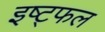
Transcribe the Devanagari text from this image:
इष्ट्फल